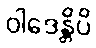
ဝါဒေန္တိပိ